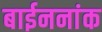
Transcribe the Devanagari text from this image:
बाईननांक